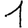
Digit: 1